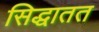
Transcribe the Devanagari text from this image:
सिद्धातत